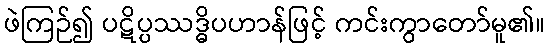
ဖဲကြဉ်၍ ပဋိပ္ပဿဒ္ဓိပဟာန်ဖြင့် ကင်းကွာတော်မူ၏။